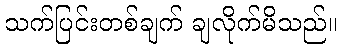
သက်ပြင်းတစ်ချက် ချလိုက်မိသည်။